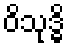
ဝိသုဒ္ဓိ